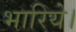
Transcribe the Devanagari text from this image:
भारिये।